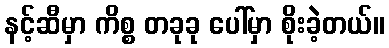
နင့်ဆီမှာ ကိစ္စ တခုခု ပေါ်မှာ စိုးခဲ့တယ်။